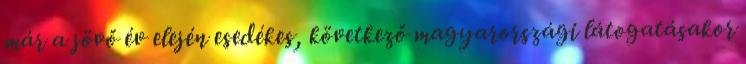
már a jövő év elején esedékes, következő magyarországi látogatásakor